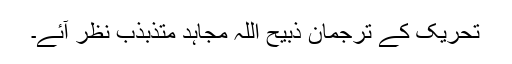
تحریک کے ترجمان ذبیح اللہ مجاہد متذبذب نظر آئے۔